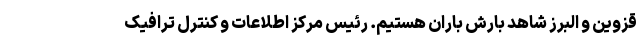
قزوین و البرز شاهد بارش باران هستیم. رئیس مرکز اطلاعات و کنترل ترافیک